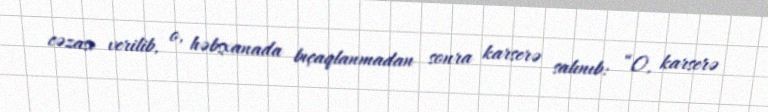
cəzası verilib, o, həbsxanada bıçaqlanmadan sonra karserə salınıb: “O, karserə